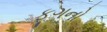
ફૂગનો